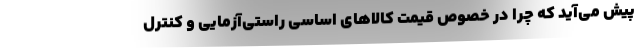
پيش مي‌آيد كه چرا در خصوص قيمت كالاهاي اساسي راستي‌آزمايي و كنترل